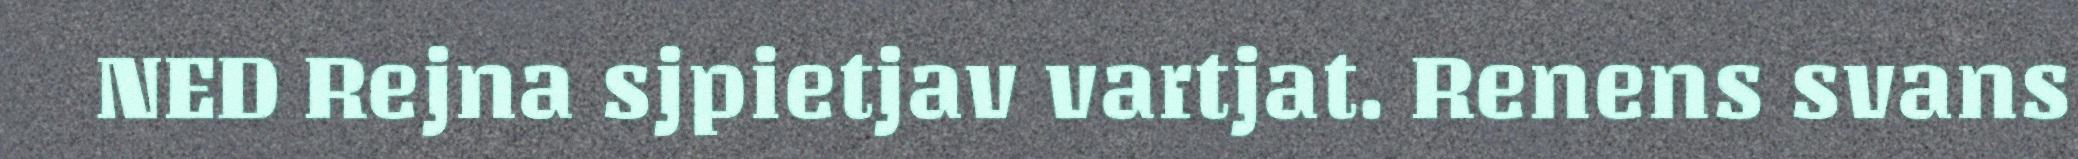
NED Rejna sjpietjav vartjat. Renens svans